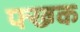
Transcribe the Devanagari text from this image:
फ्ख्ग्क